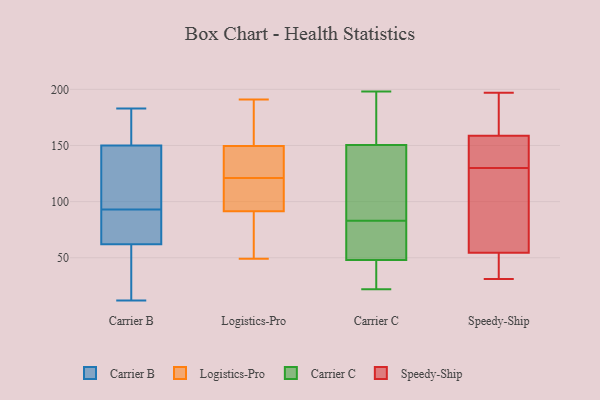
{"axis": {"x": "Satisfaction Score", "y": "Value"}, "legend": ["Carrier B", "Carrier C", "Logistics-Pro", "Speedy-Ship"], "data": [{"x": "", "y": 125, "type": "Carrier B"}, {"x": "", "y": 62, "type": "Carrier B"}, {"x": "", "y": 110, "type": "Carrier B"}, {"x": "", "y": 183, "type": "Carrier B"}, {"x": "", "y": 123, "type": "Carrier B"}, {"x": "", "y": 17, "type": "Carrier B"}, {"x": "", "y": 138, "type": "Carrier B"}, {"x": "", "y": 12, "type": "Carrier B"}, {"x": "", "y": 152, "type": "Carrier B"}, {"x": "", "y": 16, "type": "Carrier B"}, {"x": "", "y": 158, "type": "Carrier B"}, {"x": "", "y": 72, "type": "Carrier B"}, {"x": "", "y": 159, "type": "Carrier B"}, {"x": "", "y": 46, "type": "Carrier B"}, {"x": "", "y": 63, "type": "Carrier B"}, {"x": "", "y": 76, "type": "Carrier B"}, {"x": "", "y": 150, "type": "Carrier B"}, {"x": "", "y": 76, "type": "Carrier B"}, {"x": "", "y": 104, "type": "Logistics-Pro"}, {"x": "", "y": 188, "type": "Logistics-Pro"}, {"x": "", "y": 109, "type": "Logistics-Pro"}, {"x": "", "y": 75, "type": "Logistics-Pro"}, {"x": "", "y": 135, "type": "Logistics-Pro"}, {"x": "", "y": 60, "type": "Logistics-Pro"}, {"x": "", "y": 191, "type": "Logistics-Pro"}, {"x": "", "y": 96, "type": "Logistics-Pro"}, {"x": "", "y": 121, "type": "Logistics-Pro"}, {"x": "", "y": 171, "type": "Logistics-Pro"}, {"x": "", "y": 150, "type": "Logistics-Pro"}, {"x": "", "y": 73, "type": "Logistics-Pro"}, {"x": "", "y": 164, "type": "Logistics-Pro"}, {"x": "", "y": 133, "type": "Logistics-Pro"}, {"x": "", "y": 101, "type": "Logistics-Pro"}, {"x": "", "y": 49, "type": "Logistics-Pro"}, {"x": "", "y": 130, "type": "Logistics-Pro"}, {"x": "", "y": 90, "type": "Logistics-Pro"}, {"x": "", "y": 148, "type": "Logistics-Pro"}, {"x": "", "y": 56, "type": "Carrier C"}, {"x": "", "y": 32, "type": "Carrier C"}, {"x": "", "y": 92, "type": "Carrier C"}, {"x": "", "y": 40, "type": "Carrier C"}, {"x": "", "y": 69, "type": "Carrier C"}, {"x": "", "y": 198, "type": "Carrier C"}, {"x": "", "y": 192, "type": "Carrier C"}, {"x": "", "y": 152, "type": "Carrier C"}, {"x": "", "y": 82, "type": "Carrier C"}, {"x": "", "y": 84, "type": "Carrier C"}, {"x": "", "y": 22, "type": "Carrier C"}, {"x": "", "y": 149, "type": "Carrier C"}, {"x": "", "y": 31, "type": "Speedy-Ship"}, {"x": "", "y": 197, "type": "Speedy-Ship"}, {"x": "", "y": 158, "type": "Speedy-Ship"}, {"x": "", "y": 130, "type": "Speedy-Ship"}, {"x": "", "y": 35, "type": "Speedy-Ship"}, {"x": "", "y": 58, "type": "Speedy-Ship"}, {"x": "", "y": 126, "type": "Speedy-Ship"}, {"x": "", "y": 109, "type": "Speedy-Ship"}, {"x": "", "y": 168, "type": "Speedy-Ship"}, {"x": "", "y": 161, "type": "Speedy-Ship"}, {"x": "", "y": 143, "type": "Speedy-Ship"}, {"x": "", "y": 44, "type": "Speedy-Ship"}, {"x": "", "y": 158, "type": "Speedy-Ship"}]}